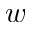
w